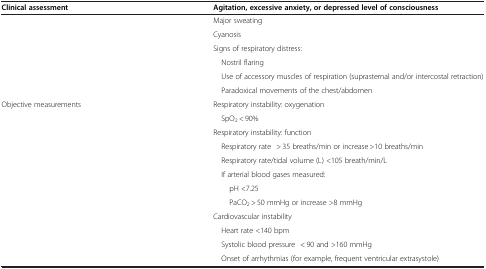
<table><thead><tr><td><b>Clinical assessment</b></td><td><b>Agitation, excessive anxiety, or depressed level of consciousness</b></td></tr></thead><tbody><tr><td> </td><td>Major sweating</td></tr><tr><td> </td><td>Cyanosis</td></tr><tr><td> </td><td>Signs of respiratory distress:</td></tr><tr><td> </td><td> Nostril flaring</td></tr><tr><td> </td><td> Use of accessory muscles of respiration (suprasternal and/or intercostal retraction)</td></tr><tr><td> </td><td> Paradoxical movements of the chest/abdomen</td></tr><tr><td>Objective measurements</td><td>Respiratory instability: oxygenation</td></tr><tr><td> </td><td> SpO<sub>2</sub> &lt; 90%</td></tr><tr><td> </td><td>Respiratory instability: function</td></tr><tr><td> </td><td> Respiratory rate&gt; 35 breaths/min or increase &gt;10 breaths/min</td></tr><tr><td> </td><td> Respiratory rate/tidal volume (L) &lt;105 breath/min/L</td></tr><tr><td> </td><td> If arterial blood gases measured: </td></tr><tr><td> </td><td>pH &lt;7.25</td></tr><tr><td> </td><td>PaCO<sub>2</sub> &gt; 50 mmHg or increase &gt;8 mmHg</td></tr><tr><td> </td><td>Cardiovascular instability</td></tr><tr><td> </td><td> Heart rate &lt;140 bpm</td></tr><tr><td> </td><td> Systolic blood pressure&lt; 90 and &gt;160 mmHg</td></tr><tr><td> </td><td> Onset of arrhythmias (for example, frequent ventricular extrasystole)</td></tr></tbody></table>